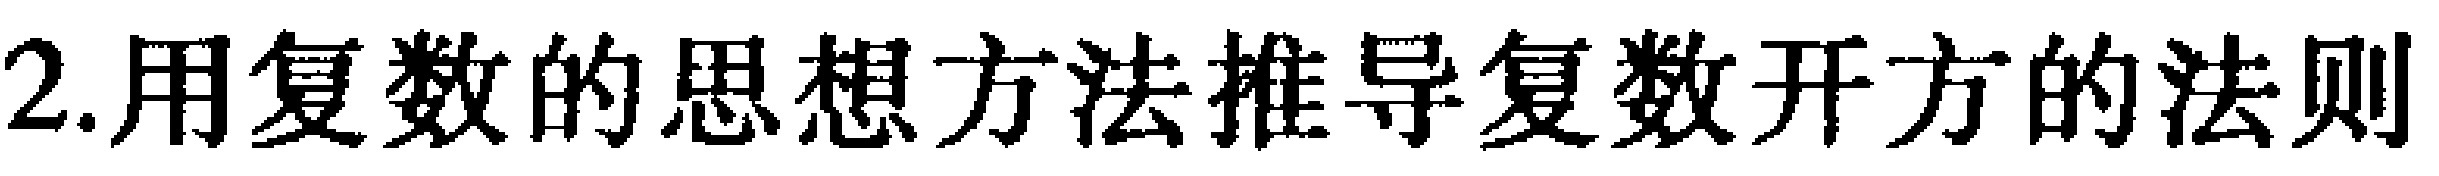
2.用复数的思想方法推导复数开方的法则